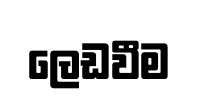
ලෙඩවීම